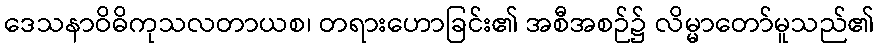
ဒေသနာဝိဓိကုသလတာယစ၊ တရားဟောခြင်း၏ အစီအစဉ်၌ လိမ္မာတော်မူသည်၏